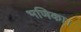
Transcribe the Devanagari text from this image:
भणिका।